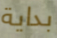
بداية